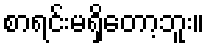
စာရင်းမရှိတော့ဘူး။